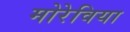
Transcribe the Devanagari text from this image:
मोरेविया